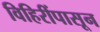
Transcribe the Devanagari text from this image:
विहिरींपासून